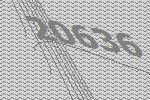
20636